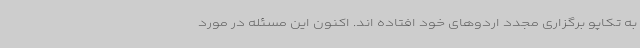
به تکاپو برگزاری مجدد اردوهای خود افتاده اند. اکنون این مسئله در مورد